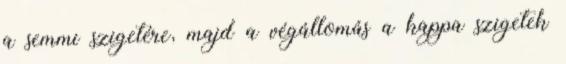
a semmi szigetére, majd a végállomás a kappa szigetek